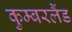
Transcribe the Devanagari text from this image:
कुम्बरलैंड